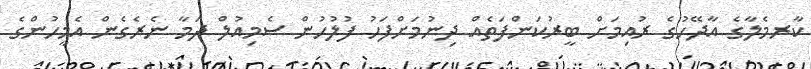
ކާރމެލާގެ އާދޭހުގެ ރުއިމަށް ބީރުކަންފަތެއް ދިނުމަށްފަހު ފުލުހުން ސެމިއުލް ދަމާ ނެރެގެން އެމީހުންގެ